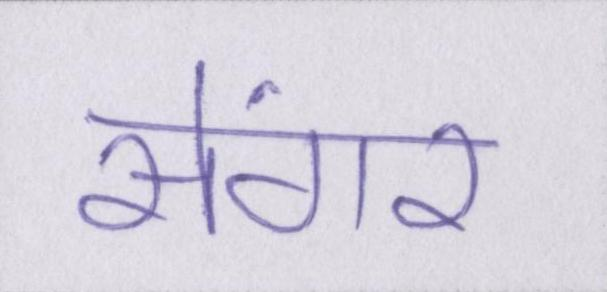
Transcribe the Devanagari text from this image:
सेंगर